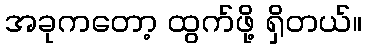
အခုကတော့ ထွက်ဖို့ ရှိတယ်။